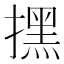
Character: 㩏